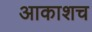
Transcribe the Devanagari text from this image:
आकाशच